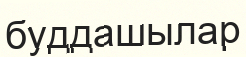
буддашылар